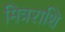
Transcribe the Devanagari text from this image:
मित्रराशि